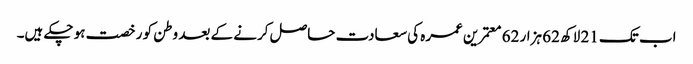
اب تک 21 لاکھ 62 ہزار 62 معتمرین عمرہ کی سعادت حاصل کرنے کے بعد وطن کو رخصت ہو چکے ہیں۔